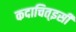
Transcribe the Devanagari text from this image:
कदाचित्‌इसी